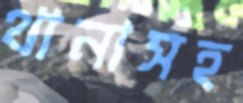
থানাসহ